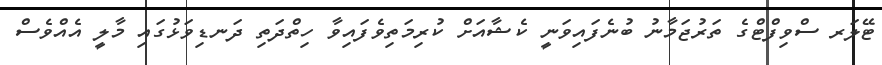
ޓޭލަރ ސްވިފްޓްގެ ތަރުޖަމާނު ބުނެފައިވަނީ ކެޝާއަށް ކުރިމަތިވެފައިވާ ހިތްދަތި ދަނޑިވަޅުގައި މާލީ އެއްވެސް